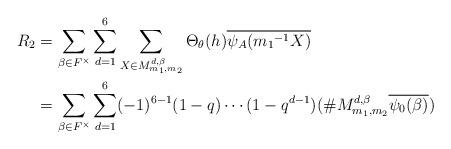
LaTeX: \begin{align*} R_2 &=\sum_{\beta \in F^{\times}}\sum_{d=1}^{6}\sum_{X \in M_{m_{1},m_{2}}^{ d,\beta}}\Theta_{\theta}(h)\overline{\psi_A({m_1}^{-1}X)}\\ &=\sum_{\beta \in F^{\times}} \sum_{d=1}^{6}(-1)^{6-1}(1-q) \cdots (1-q^{d-1})(\# M_{m_{1},m_{2}}^{ d,\beta}\overline{\psi_0(\beta)}) \end{align*}